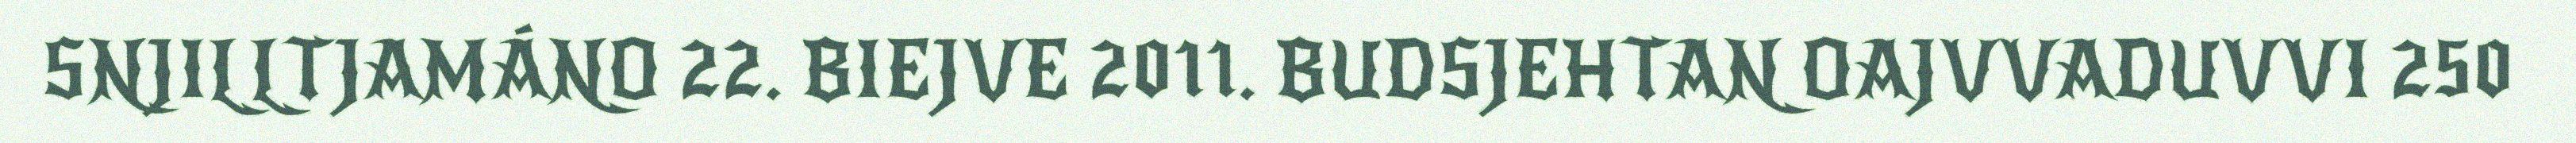
SNJILLTJAMÁNO 22. BIEJVE 2011. BUDSJEHTAN OAJVVADUVVI 250